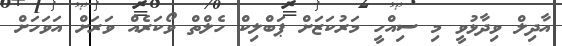
އާދިލް ވިދާޅުވީ މި ސިއްހީ މަރުކަޒަށް ޕަބްލިކް ހެލްތް ވޯކަރެއް ވަރަށް އަވަހަށް